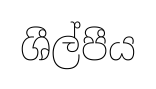
ශීල්පීය